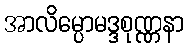
အာလိမ္ပောမဒ္ဒစုဏ္ဏနာ